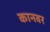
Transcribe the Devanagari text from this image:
कानवर